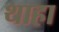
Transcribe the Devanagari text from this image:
थाहा